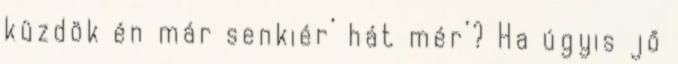
küzdök én már senkiér’ hát mér’? Ha úgyis jő